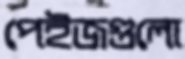
পেইজগুলো